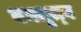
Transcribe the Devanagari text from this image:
वक्तृत्‍व